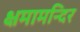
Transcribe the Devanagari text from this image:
क्षमामन्दिर